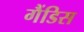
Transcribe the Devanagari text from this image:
गैंडिस